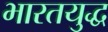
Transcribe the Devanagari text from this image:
भारतयुद्ध